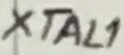
Text: XTAL1